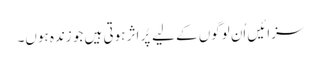
سزائیں اُن لوگوں کے لیے پُر اثر ہوتی ہیں جو زندہ ہوں۔